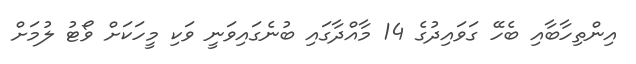
އިންތިހާބާއި ބެހޭ ގަވައިދުގެ 14 މާއްދާގައި ބުނެގައިވަނީ ވަކި މީހަކަށް ވޯޓު ލުމަށް